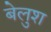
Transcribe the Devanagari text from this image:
बेलुश